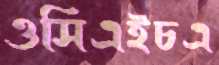
ওসিএইচএ